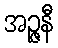
အဉ္ဇနီ